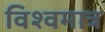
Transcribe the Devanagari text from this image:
विश्वमात्र